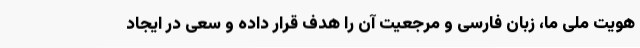
هویت ملی ما، زبان فارسی و مرجعیت آن را هدف قرار داده و سعی در ایجاد